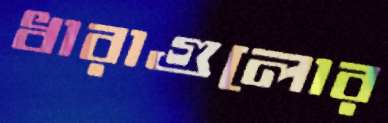
ধারাগুলোর